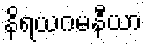
နိရယဂမနီယာ